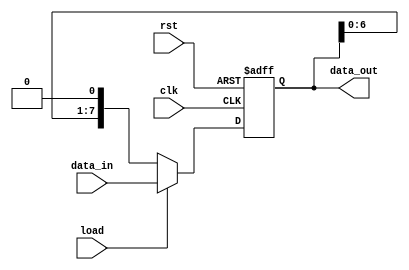
module ParameterizedShiftRegister #(
    parameter WIDTH = 8,       // Default width of the shift register
    parameter DIR = 0          // Default direction: 0 = left, 1 = right
) (
    input wire clk,            // Clock signal
    input wire rst,            // Asynchronous reset
    input wire load,           // Load control signal
    input wire [WIDTH-1:0] data_in, // Data input for loading
    output reg [WIDTH-1:0] data_out // Output data reflecting the state of the shift register
);

    always @(posedge clk or posedge rst) begin
        if (rst) begin
            // On reset, clear the register
            data_out <= {WIDTH{1'b0}};
        end else if (load) begin
            // On load, set the register to the input data
            data_out <= data_in;
        end else begin
            // Shift operations based on direction
            if (DIR == 0) begin
                // Shift left
                data_out <= {data_out[WIDTH-2:0], 1'b0}; // MSB out, LSB gets 0
            end else if (DIR == 1) begin
                // Shift right
                data_out <= {1'b0, data_out[WIDTH-1:1]}; // LSB out, MSB gets 0
            end
        end
    end

endmodule